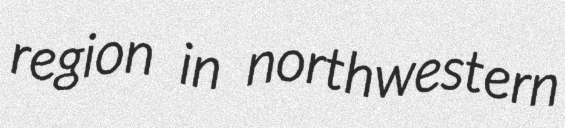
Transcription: region in northwestern